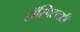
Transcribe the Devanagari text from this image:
हॉस्पिटलशी